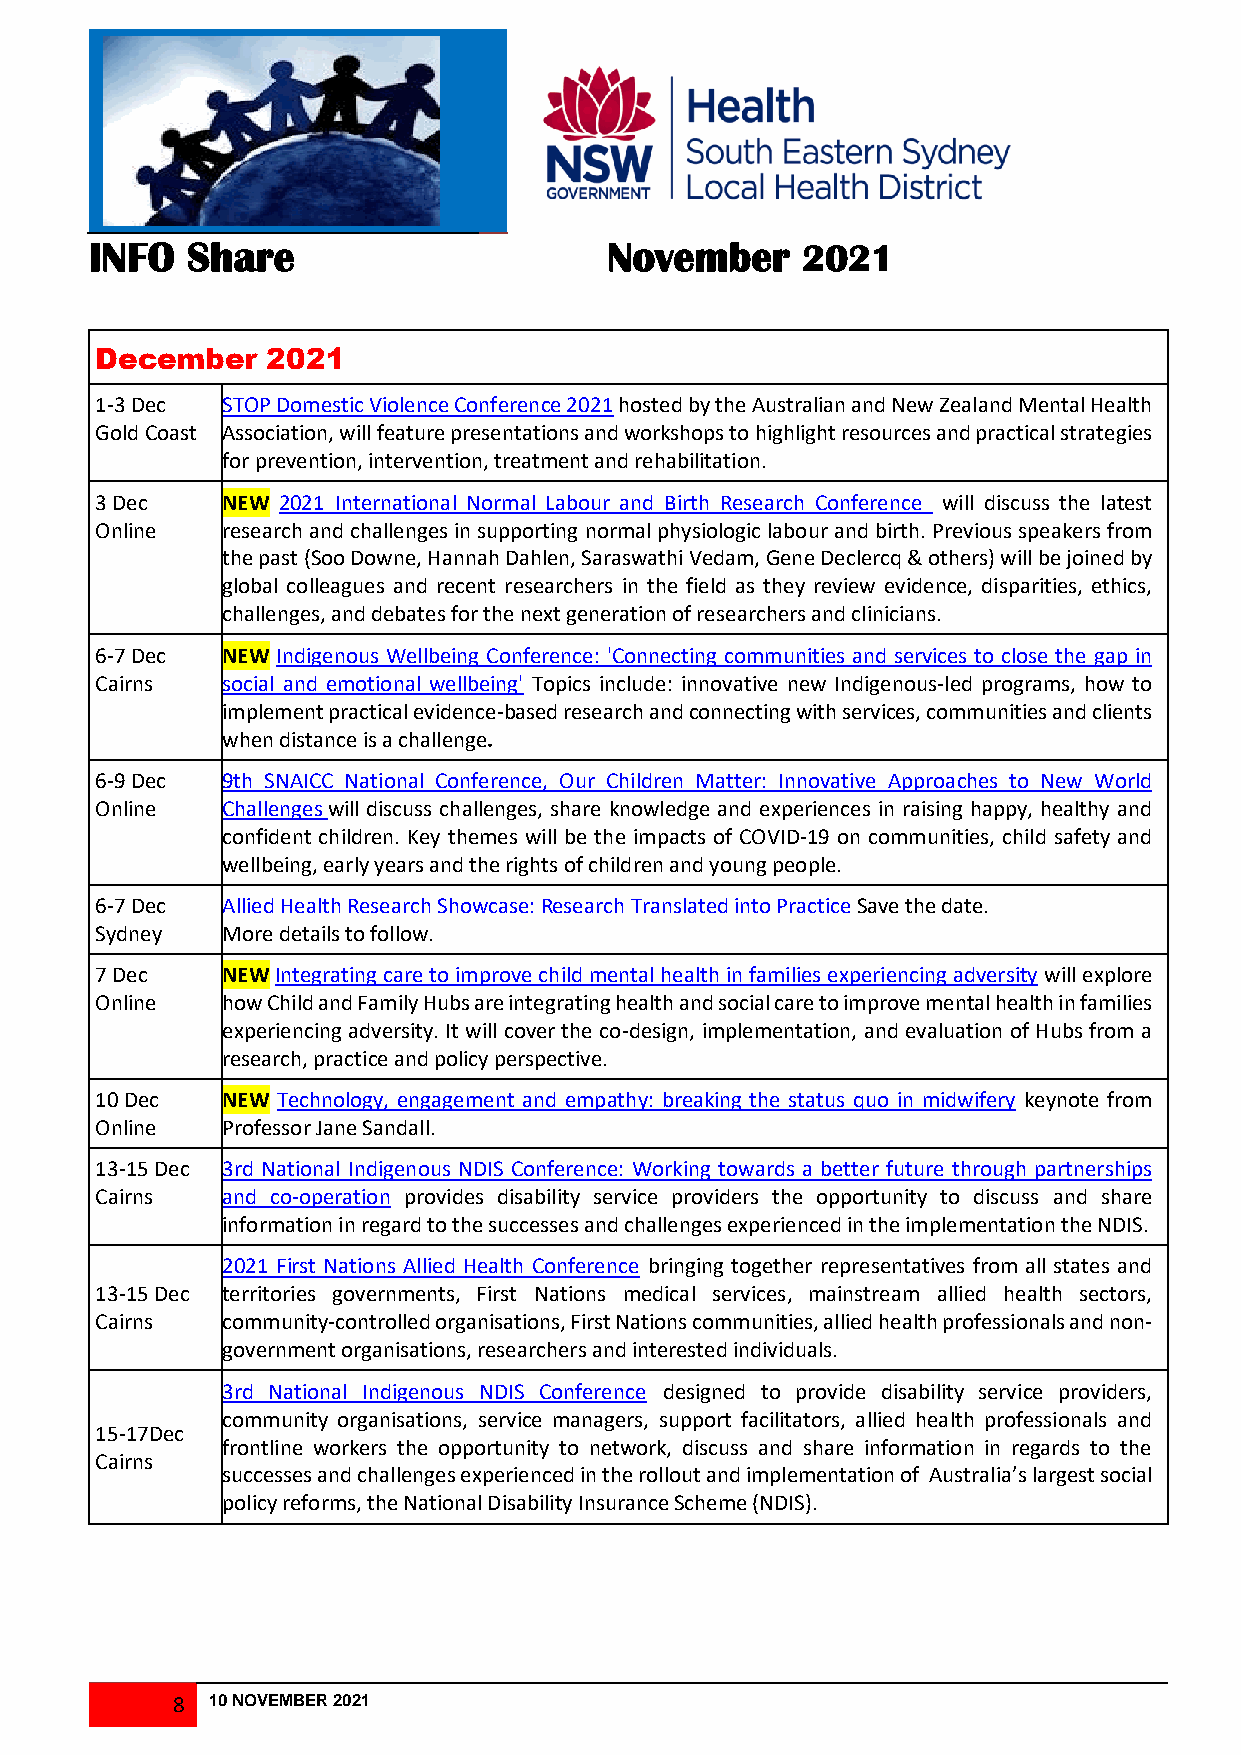
INFO  Share                       November     202124
 J24 J013 242222
 013
 December    2021
 1-3 Dec  STOP Domestic Violence Conference 2021 hosted by the Australian and New Zealand Mental Health
 Gold Coast Association, will feature presentations and workshops to highlight resources and practical strategies
 for prevention, intervention, treatment and rehabilitation.
 3 Dec    NEW 2021 International Normal Labour and Birth Research Conference will discuss the latest
 Online   research and challenges in supporting normal physiologic labour and birth. Previous speakers from
 the past (Soo Downe, Hannah Dahlen, Saraswathi Vedam, Gene Declercq & others) will be joined by
 global colleagues and recent researchers in the field as they review evidence, disparities, ethics,
 challenges, and debates for the next generation of researchers and clinicians.
 6-7 Dec  NEW Indigenous Wellbeing Conference: 'Connecting communities and services to close the gap in
 Cairns   social and emotional wellbeing' Topics include: innovative new Indigenous-led programs, how to
 implement practical evidence-based research and connecting with services, communities and clients
 when distance is a challenge.
 6-9 Dec  9th SNAICC National Conference, Our Children Matter: Innovative Approaches to New World
 Online   Challenges will discuss challenges, share knowledge and experiences in raising happy, healthy and
 confident children. Key themes will be the impacts of COVID-19 on communities, child safety and
 wellbeing, early years and the rights of children and young people.
 6-7 Dec  Allied Health Research Showcase: Research Translated into Practice Save the date.
 Sydney   More details to follow.
 7 Dec    NEW Integrating care to improve child mental health in families experiencing adversity will explore
 Online   how Child and Family Hubs are integrating health and social care to improve mental health in families
 experiencing adversity. It will cover the co-design, implementation, and evaluation of Hubs from a
 research, practice and policy perspective.
 10 Dec   NEW Technology, engagement and empathy: breaking the status quo in midwifery keynote from
 Online   Professor Jane Sandall.
 13-15 Dec 3rd National Indigenous NDIS Conference: Working towards a better future through partnerships
 Cairns   and co-operation provides disability service providers the opportunity to discuss and share
 information in regard to the successes and challenges experienced in the implementation the NDIS.
 2021 First Nations Allied Health Conference bringing together representatives from all states and
 13-15 Dec territories governments, First Nations medical services, mainstream allied health sectors,
 Cairns   community-controlled organisations, First Nations communities, allied health professionals and non-
 government organisations, researchers and interested individuals.
 3rd National Indigenous NDIS Conference designed to provide disability service providers,
 community organisations, service managers, support facilitators, allied health professionals and
 15-17Dec
 frontline workers the opportunity to network, discuss and share information in regards to the
 Cairns
 successes and challenges experienced in the rollout and implementation of Australia’s largest social
 policy reforms, the National Disability Insurance Scheme (NDIS).
 8  10 NOVEMBER 2021